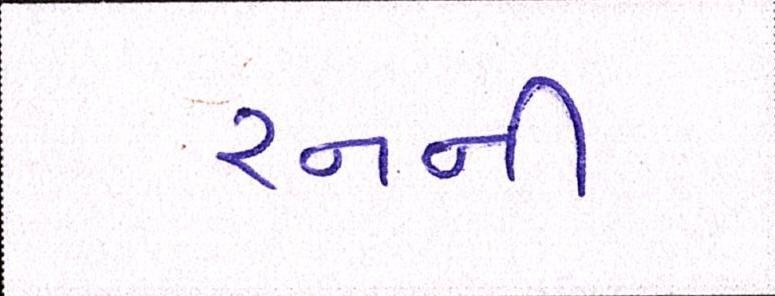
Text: રનની